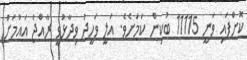
ކޮށްފައި ވަނީ 11115 ބުކިން ކަމަށެވެ. އަލީ ވަހީދު ވިދާޅުވީ ރާއްޖެ އައުމަށް